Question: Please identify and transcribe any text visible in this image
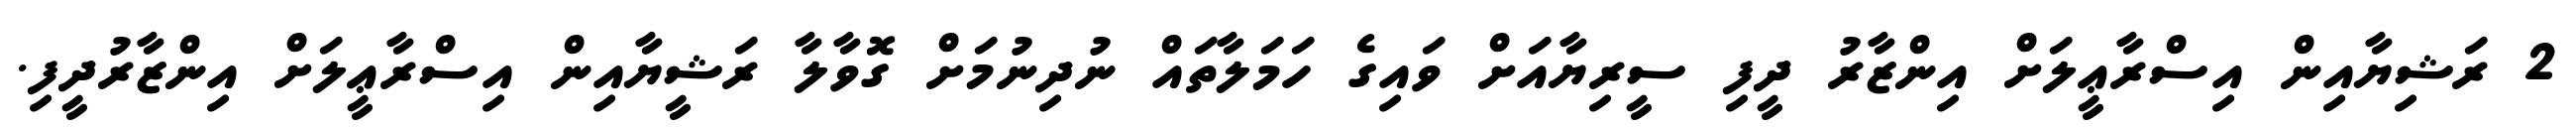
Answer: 2 ރަޝިޔާއިން އިސްރާޢީލަށް އިންޒާރު ދީފި ސީރިޔާއަށް ވައިގެ ހަމަލާތައް ނުދިނުމަށް ގޮވާލާ ރަޝީޔާއިން އިސްރާޢީލަށް އިންޒާރުދީފި.